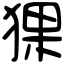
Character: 猓